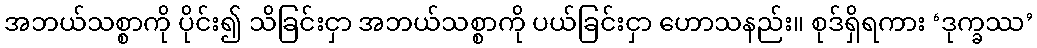
အဘယ်သစ္စာကို ပိုင်း၍ သိခြင်းငှာ အဘယ်သစ္စာကို ပယ်ခြင်းငှာ ဟောသနည်း။ စုဒ်ရှိရကား ‘ဒုက္ခဿ’